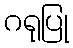
ဂရုပြု